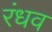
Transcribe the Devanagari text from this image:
रंधव